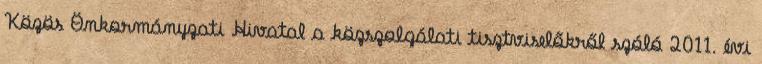
Közös Önkormányzati Hivatal a közszolgálati tisztviselőkről szóló 2011. évi